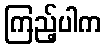
ကြည့်ပါက